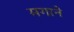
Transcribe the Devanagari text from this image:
मगाने